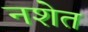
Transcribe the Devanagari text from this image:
नशेत